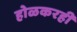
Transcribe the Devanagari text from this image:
होळकरही